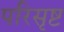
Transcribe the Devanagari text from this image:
परिसृष्ट